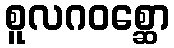
စူလဂဝစ္ဆော